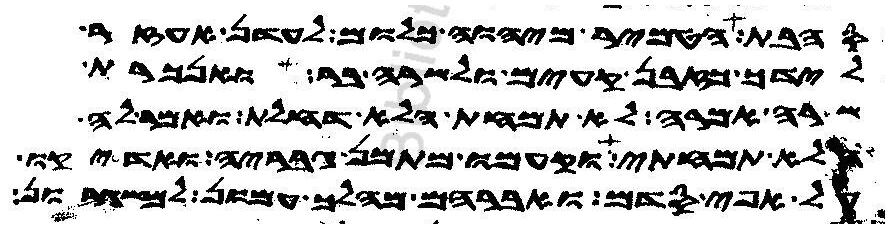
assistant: סהבת הטמיר מיהוה כלום לעדן אעזר
לידך כזבן קעים ולשרה בר ואנכרת
שרה אמרה לא תמחת הלא דחלת ואמר לה
הלא תמחתי וקעמו מתמן גבריה ואדיקו
על אפי סדם ואברהם מהלך עמון למשגרון